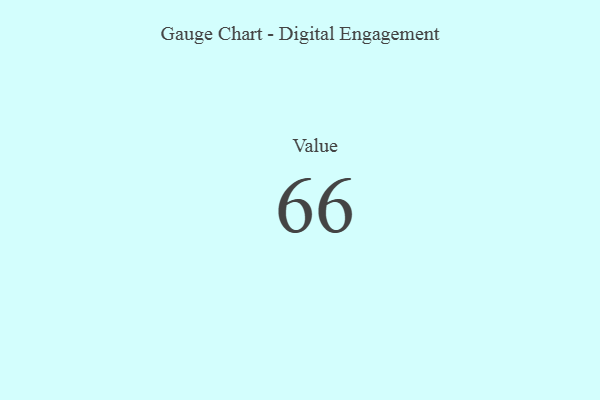
{"axis": {"x": "Metric", "y": "Value"}, "legend": [""], "data": [{"x": "Value", "y": 66, "type": ""}]}